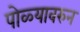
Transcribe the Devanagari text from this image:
पोळ्यावरुन